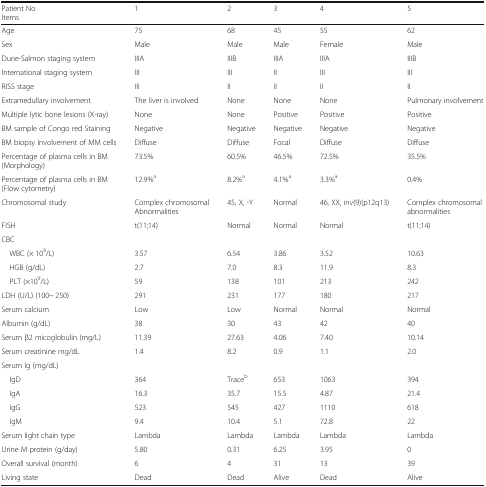
<table><thead><tr><td><b>Patient NoItems</b></td><td><b>1</b></td><td><b>2</b></td><td><b>3</b></td><td><b>4</b></td><td><b>5</b></td></tr></thead><tbody><tr><td>Age</td><td>75</td><td>68</td><td>45</td><td>55</td><td>62</td></tr><tr><td>Sex</td><td>Male</td><td>Male</td><td>Male</td><td>Female</td><td>Male</td></tr><tr><td>Durie-Salmon staging system</td><td>IIIA</td><td>IIIB</td><td>IIIA</td><td>IIIA</td><td>IIIB</td></tr><tr><td>International staging system</td><td>III</td><td>III</td><td>II</td><td>III</td><td>III</td></tr><tr><td>RISS stage</td><td>III</td><td>II</td><td>II</td><td>II</td><td>II</td></tr><tr><td>Extramedullary involvement</td><td>The liver is involved</td><td>None</td><td>None</td><td>None</td><td>Pulmonary involvement</td></tr><tr><td>Multiple lytic bone lesions (X-ray)</td><td>None</td><td>None</td><td>Positive</td><td>Positive</td><td>Positive</td></tr><tr><td>BM sample of Congo red Staining</td><td>Negative</td><td>Negative</td><td>Negative</td><td>Negative</td><td>Negative</td></tr><tr><td>BM biopsy Involvement of MM cells</td><td>Diffuse</td><td>Diffuse</td><td>Focal</td><td>Diffuse</td><td>Diffuse</td></tr><tr><td>Percentage of plasma cells in BM (Morphology)</td><td>73.5%</td><td>60.5%</td><td>46.5%</td><td>72.5%</td><td>35.5%</td></tr><tr><td>Percentage of plasma cells in BM (Flow cytometry)</td><td>12.9%<sup>a</sup></td><td>8.2%<sup>a</sup></td><td>4.1%<sup>a</sup></td><td>3.3%<sup>a</sup></td><td>0.4%</td></tr><tr><td>Chromosomal study</td><td>Complex chromosomal Abnormalities</td><td>45, X, -Y</td><td>Normal</td><td>46, XX, inv(9)(p12q13)</td><td>Complex chromosomal abnormalities</td></tr><tr><td>FISH</td><td>t(11;14)</td><td>Normal</td><td>Normal</td><td>Normal</td><td>t(11;14)</td></tr><tr><td>CBC</td><td></td><td></td><td></td><td></td><td></td></tr><tr><td> WBC (× 10<sup>9</sup>/L)</td><td>3.57</td><td>6.54</td><td>3.86</td><td>3.52</td><td>10.63</td></tr><tr><td> HGB (g/dL)</td><td>2.7</td><td>7.0</td><td>8.3</td><td>11.9</td><td>8.3</td></tr><tr><td> PLT (×10<sup>9</sup>/L)</td><td>59</td><td>138</td><td>101</td><td>213</td><td>242</td></tr><tr><td>LDH (U/L) (100~ 250)</td><td>291</td><td>231</td><td>177</td><td>180</td><td>217</td></tr><tr><td>Serum calcium</td><td>Low</td><td>Low</td><td>Normal</td><td>Normal</td><td>Normal</td></tr><tr><td>Albumin (g/dL)</td><td>38</td><td>30</td><td>43</td><td>42</td><td>40</td></tr><tr><td>Serum β2 micoglobulin (mg/L)</td><td>11.39</td><td>27.63</td><td>4.06</td><td>7.40</td><td>10.14</td></tr><tr><td>Serum creatinine mg/dL</td><td>1.4</td><td>8.2</td><td>0.9</td><td>1.1</td><td>2.0</td></tr><tr><td>Serum Ig (mg/dL)</td><td></td><td></td><td></td><td></td><td></td></tr><tr><td> IgD</td><td>364</td><td>Trace<sup>b</sup></td><td>653</td><td>1063</td><td>394</td></tr><tr><td> IgA</td><td>16.3</td><td>35.7</td><td>15.5</td><td>4.87</td><td>21.4</td></tr><tr><td> IgG</td><td>523</td><td>545</td><td>427</td><td>1110</td><td>618</td></tr><tr><td> IgM</td><td>9.4</td><td>10.4</td><td>5.1</td><td>72.8</td><td>22</td></tr><tr><td>Serum light chain type</td><td>Lambda</td><td>Lambda</td><td>Lambda</td><td>Lambda</td><td>Lambda</td></tr><tr><td>Urine M protein (g/day)</td><td>5.80</td><td>0.31</td><td>6.25</td><td>3.95</td><td>0</td></tr><tr><td>Overall survival (month)</td><td>6</td><td>4</td><td>31</td><td>13</td><td>39</td></tr><tr><td>Living state</td><td>Dead</td><td>Dead</td><td>Alive</td><td>Dead</td><td>Alive</td></tr></tbody></table>